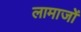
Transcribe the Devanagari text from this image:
लामाजों